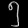
Digit: ၅